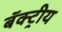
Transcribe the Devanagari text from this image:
बॅक्ट्रीय